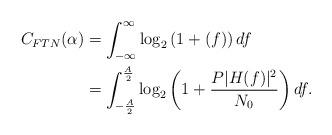
LaTeX: \begin{align*}C_{FTN} (\alpha) &= \int_{-\infty}^{\infty}\log_{2} \left( 1 + (f) \right) df \\&= \int_{-\frac{A}{2}}^{\frac{A}{2}} \log_{2} \left( 1+\frac{P|H(f)|^{2}}{N_{0}} \right) df. \end{align*}